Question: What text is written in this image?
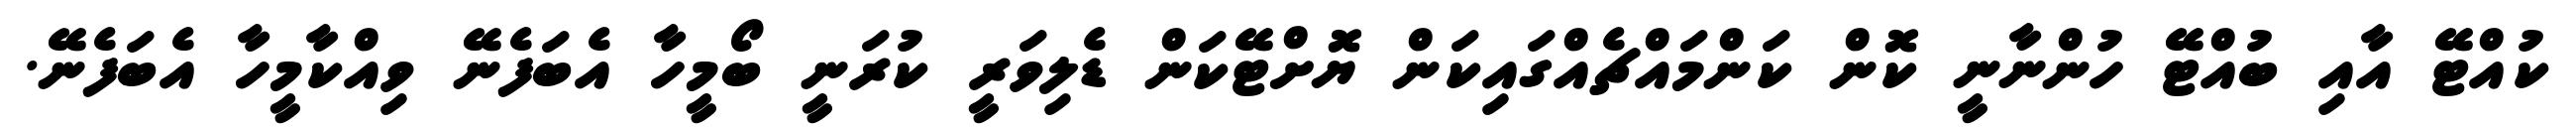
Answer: ކުއްޓޭ އާއި ބުއްޓޭ ހުންނާނީ ކޮން ކަންމައްޗެއްގައިކަން ޔޮށްޓޭކަން ޑެލިވަރީ ކުރަނީ ބޯމީހާ އެބަފެނޭ ވިއްކާމީހާ އެބަފެނޭ.